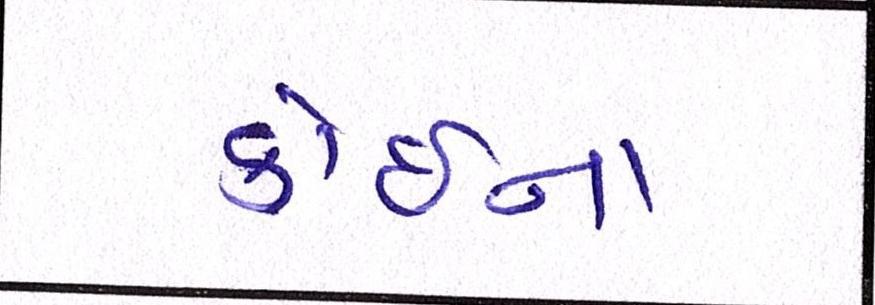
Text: કોઇના